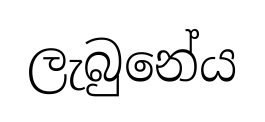
ලැබුනේය